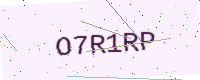
Text: O7R1RP